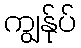
ကျွန်ုပ်